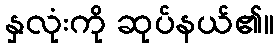
နှလုံးကို ဆုပ်နယ်၏။